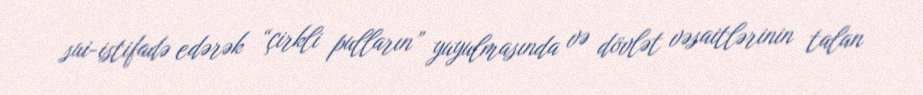
sui-istifadə edərək “çirkli pulların” yuyulmasında və dövlət vəsaitlərinin talan